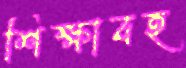
শিক্ষাবহ